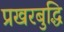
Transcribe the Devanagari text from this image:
प्रखरबुद्धि